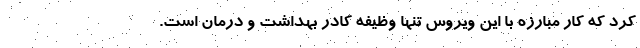
کرد که کار مبارزه با این ویروس تنها وظیفه کادر بهداشت و درمان است.